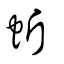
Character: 蚚